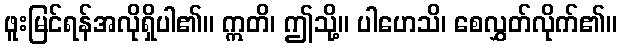
ဖူးမြင်ရန်အလိုရှိပါ၏။ ဣတိ၊ ဤသို့။ ပါဟေသိ၊ စေလွှတ်လိုက်၏။